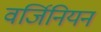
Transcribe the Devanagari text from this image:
वर्जिनियन